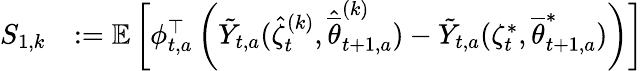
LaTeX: \begin{array}{rl}{S_{1,k}}&{:=\mathbb E\left[\phi_{t,a}^{\top}\left(\tilde{Y}_{t,a}(\hat{\zeta}_{t}^{(k)},\hat{\overline{{\theta}}}_{t+1,a}^{(k)})-\tilde{Y}_{t,a}(\zeta_{t}^{*},{\overline{{\theta}}}_{t+1,a}^{*})\right)\right]}\end{array}